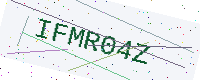
Text: IFMR04Z